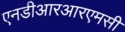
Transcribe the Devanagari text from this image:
एनडीआरआरएमसी